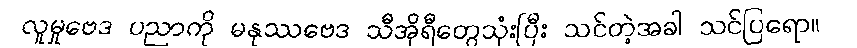
လူမှုဗေဒ ပညာကို မနုဿဗေဒ သီအိုရီတွေသုံးပြီး သင်တဲ့အခါ သင်ပြရော။